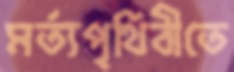
মর্ত্যপৃথিবীতে